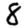
Digit: 8